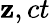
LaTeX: \mathbf{z},ct